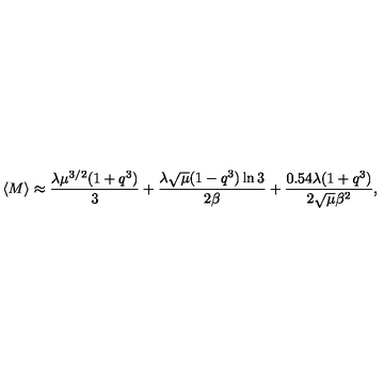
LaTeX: \langle M \rangle \approx \frac { \lambda \mu ^ { 3 / 2 } ( 1 + q ^ { 3 } ) } { 3 } + \frac { \lambda \sqrt { \mu } ( 1 - q ^ { 3 } ) \ln 3 } { 2 \beta } + \frac { 0 . 5 4 \lambda ( 1 + q ^ { 3 } ) } { 2 \sqrt { \mu } \beta ^ { 2 } } ,